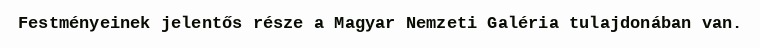
Festményeinek jelentős része a Magyar Nemzeti Galéria tulajdonában van.